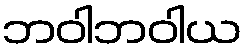
ဘဝါဘဝါယ